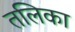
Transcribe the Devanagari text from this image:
तलिका